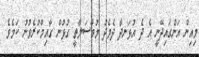
މިއިން އަންގައިދޭނީ އެ ދެ އުޅަނދާ ދެމެދު މުވާސަލާތީ ގުޅުން ގާއިމްކުރެވުނު ކަމެވެ.